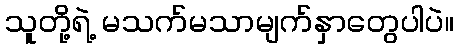
သူတို့ရဲ့ မသက်မသာမျက်နှာတွေပါပဲ။